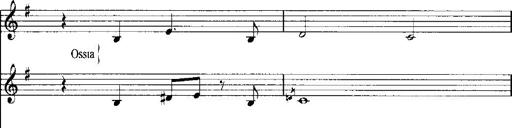
Title: Schlaflos! Frage und Antwort
Composer: Franz Liszt